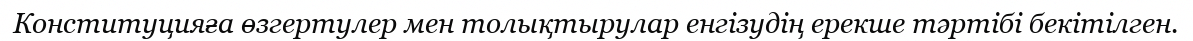
Конституцияға өзгертулер мен толықтырулар енгізудің ерекше тәртібі бекітілген.